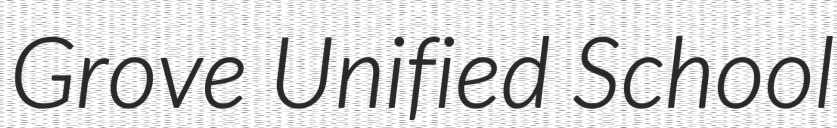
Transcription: Grove Unified School